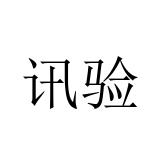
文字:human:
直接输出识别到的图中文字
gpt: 讯验